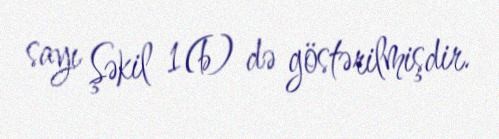
sayı Şəkil 1(b) də göstərilmişdir.